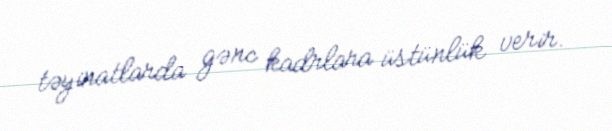
təyinatlarda gənc kadrlara üstünlük verir.